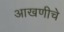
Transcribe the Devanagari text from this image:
आखणीचे